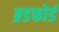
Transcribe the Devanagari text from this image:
ब्रडफोर्ड